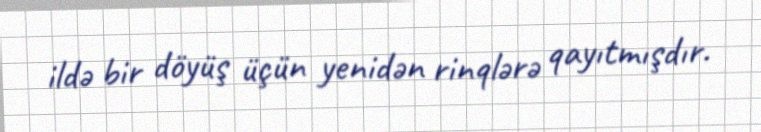
ildə bir döyüş üçün yenidən rinqlərə qayıtmışdır.